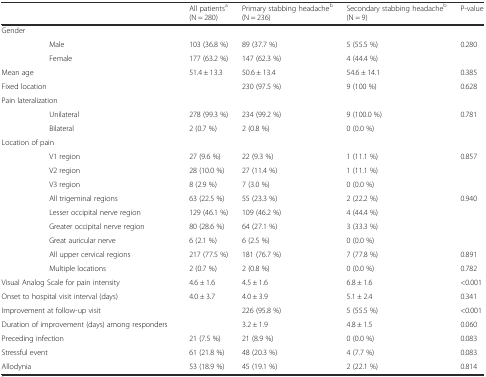
<table><thead><tr><td></td><td></td><td><b>All patients<sup>a</sup>(N = 280)</b></td><td><b>Primary stabbing headache<sup>b</sup>(N = 236)</b></td><td><b>Secondary stabbing headache<sup>b</sup>(N = 9)</b></td><td><b>P-value</b></td></tr></thead><tbody><tr><td colspan="2">Gender</td><td></td><td></td><td></td><td></td></tr><tr><td></td><td>Male</td><td>103 (36.8 %)</td><td>89 (37.7 %)</td><td>5 (55.5 %)</td><td rowspan="2">0.280</td></tr><tr><td></td><td>Female</td><td>177 (63.2 %)</td><td>147 (62.3 %)</td><td>4 (44.4 %)</td></tr><tr><td colspan="2">Mean age</td><td>51.4 ± 13.3</td><td>50.6 ± 13.4</td><td>54.6 ± 14.1</td><td>0.385</td></tr><tr><td colspan="2">Fixed location</td><td></td><td>230 (97.5 %)</td><td>9 (100 %)</td><td>0.628</td></tr><tr><td colspan="2">Pain lateralization</td><td></td><td></td><td></td><td></td></tr><tr><td></td><td>Unilateral</td><td>278 (99.3 %)</td><td>234 (99.2 %)</td><td>9 (100.0 %)</td><td>0.781</td></tr><tr><td></td><td>Bilateral</td><td>2 (0.7 %)</td><td>2 (0.8 %)</td><td>0 (0.0 %)</td><td></td></tr><tr><td colspan="2">Location of pain</td><td></td><td></td><td></td><td></td></tr><tr><td></td><td>V1 region</td><td>27 (9.6 %)</td><td>22 (9.3 %)</td><td>1 (11.1 %)</td><td>0.857</td></tr><tr><td></td><td>V2 region</td><td>28 (10.0 %)</td><td>27 (11.4 %)</td><td>1 (11.1 %)</td><td></td></tr><tr><td></td><td>V3 region</td><td>8 (2.9 %)</td><td>7 (3.0 %)</td><td>0 (0.0 %)</td><td></td></tr><tr><td></td><td>All trigeminal regions</td><td>63 (22.5 %)</td><td>55 (23.3 %)</td><td>2 (22.2 %)</td><td>0.940</td></tr><tr><td></td><td>Lesser occipital nerve region</td><td>129 (46.1 %)</td><td>109 (46.2 %)</td><td>4 (44.4 %)</td><td></td></tr><tr><td></td><td>Greater occipital nerve region</td><td>80 (28.6 %)</td><td>64 (27.1 %)</td><td>3 (33.3 %)</td><td></td></tr><tr><td></td><td>Great auricular nerve</td><td>6 (2.1 %)</td><td>6 (2.5 %)</td><td>0 (0.0 %)</td><td></td></tr><tr><td></td><td>All upper cervical regions</td><td>217 (77.5 %)</td><td>181 (76.7 %)</td><td>7 (77.8 %)</td><td>0.891</td></tr><tr><td></td><td>Multiple locations</td><td>2 (0.7 %)</td><td>2 (0.8 %)</td><td>0 (0.0 %)</td><td>0.782</td></tr><tr><td colspan="2">Visual Analog Scale for pain intensity</td><td>4.6 ± 1.6</td><td>4.5 ± 1.6</td><td>6.8 ± 1.6</td><td>&lt;0.001</td></tr><tr><td colspan="2">Onset to hospital visit interval (days)</td><td>4.0 ± 3.7</td><td>4.0 ± 3.9</td><td>5.1 ± 2.4</td><td>0.341</td></tr><tr><td colspan="2">Improvement at follow-up visit</td><td></td><td>226 (95.8 %)</td><td>5 (55.5 %)</td><td>&lt;0.001</td></tr><tr><td colspan="2">Duration of improvement (days) among responders</td><td></td><td>3.2 ± 1.9</td><td>4.8 ± 1.5</td><td>0.060</td></tr><tr><td colspan="2">Preceding infection</td><td>21 (7.5 %)</td><td>21 (8.9 %)</td><td>0 (0.0 %)</td><td>0.083</td></tr><tr><td colspan="2">Stressful event</td><td>61 (21.8 %)</td><td>48 (20.3 %)</td><td>4 (7.7 %)</td><td>0.083</td></tr><tr><td colspan="2">Allodynia</td><td>53 (18.9 %)</td><td>45 (19.1 %)</td><td>2 (22.1 %)</td><td>0.814</td></tr></tbody></table>